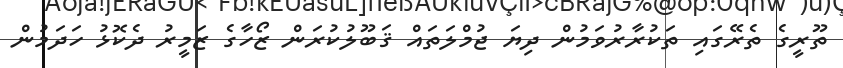
ތޫރީގެ ތެރޭގައި ތަކުރާރުވަމުން ދިޔަ ޖުމްލަތައް ޤަބޫލުކުރަން ޒޯހާގެ ޒަމީރު ދެކޮޅު ހަދަމުން